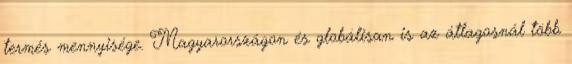
termés mennyisége. Magyarországon és globálisan is az átlagosnál több